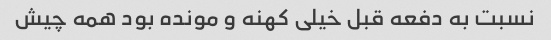
نسبت به دفعه قبل خیلی کهنه و مونده بود همه چیش